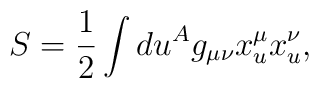
S=\frac{1}{2}\int du ^A g_{\mu\nu}x^\mu_u x^\nu_u, \quad